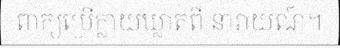
ពាក្យប្រើក្លាយឃ្លាតពី នារាយណ៍។